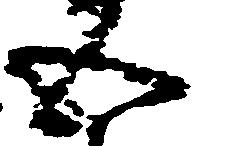
五